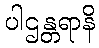
ပါဌန္တရာနိ